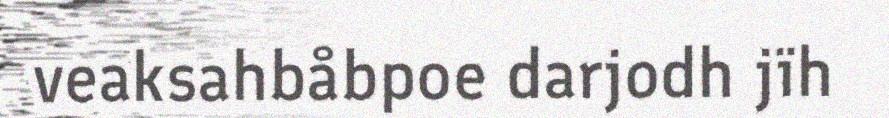
veaksahbåbpoe darjodh jïh